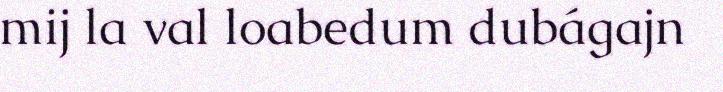
mij la val loabedum dubágajn